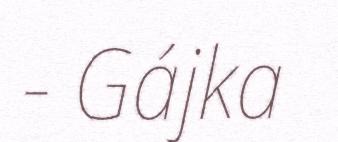
- Gájka